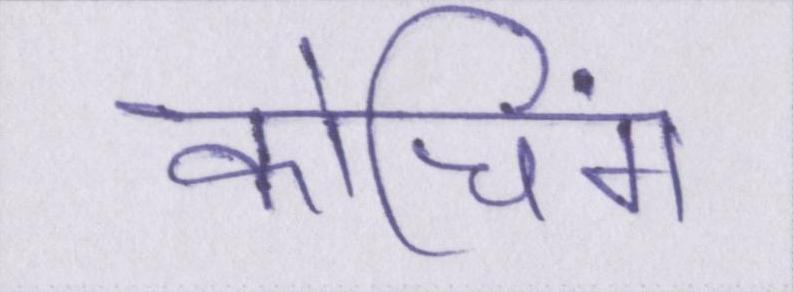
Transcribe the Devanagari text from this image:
कोचिंग